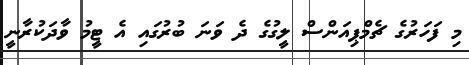
މި ފަހަރުގެ ޗެމްޕިއަންސް ލީގުގެ ދެ ވަނަ ބުރުގައި އެ ޓީމު ވާދަކުރާނީ